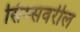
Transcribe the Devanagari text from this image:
सिम्सवरील